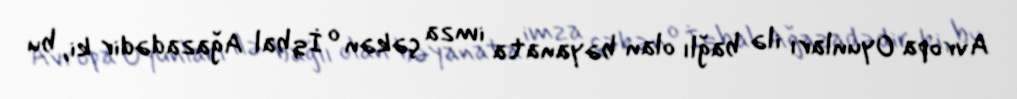
Avropa Oyunları ilə bağlı olan bəyanata imza çəkən o İqbal Ağazadədir ki, bu